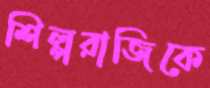
শিল্পরাজিকে